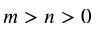
m > n > 0